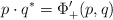
\begin{align*} p\cdot q^* = \Phi_+'(p,q)\end{align*}